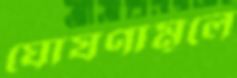
ঘোষণামূলে